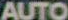
AUTO